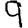
Digit: 9